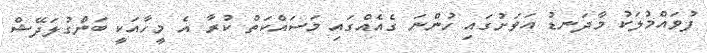
ފުވައްމުލަކު މާދަނޑު އަވަށުގައި ހުންނަ ގެއެއްގައި މަސައްކަތް ކުރާ އެ މީހާއަކީ ބަންގުލަދޭޝް